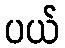
ပယ်